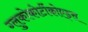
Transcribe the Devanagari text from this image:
ग्लुकोकोर्टीकोएड्स